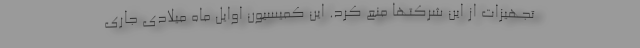
تجهیزات از این شرکتها منع کرد. این کمیسیون اوایل ماه میلادی جاری